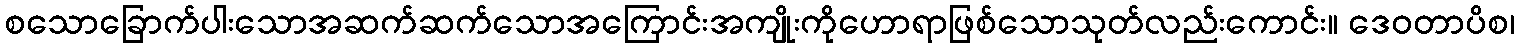
စသောခြောက်ပါးသောအဆက်ဆက်သောအကြောင်းအကျိုးကိုဟောရာဖြစ်သောသုတ်လည်းကောင်း။ ဒေဝတာပိစ၊